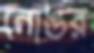
নোঙর